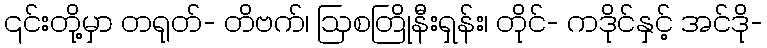
၎င်းတို့မှာ တရုတ်- တိဗက်၊ ဩစတြိုနီးရှန်း၊ တိုင်- ကဒိုင်နှင့် အင်ဒို-